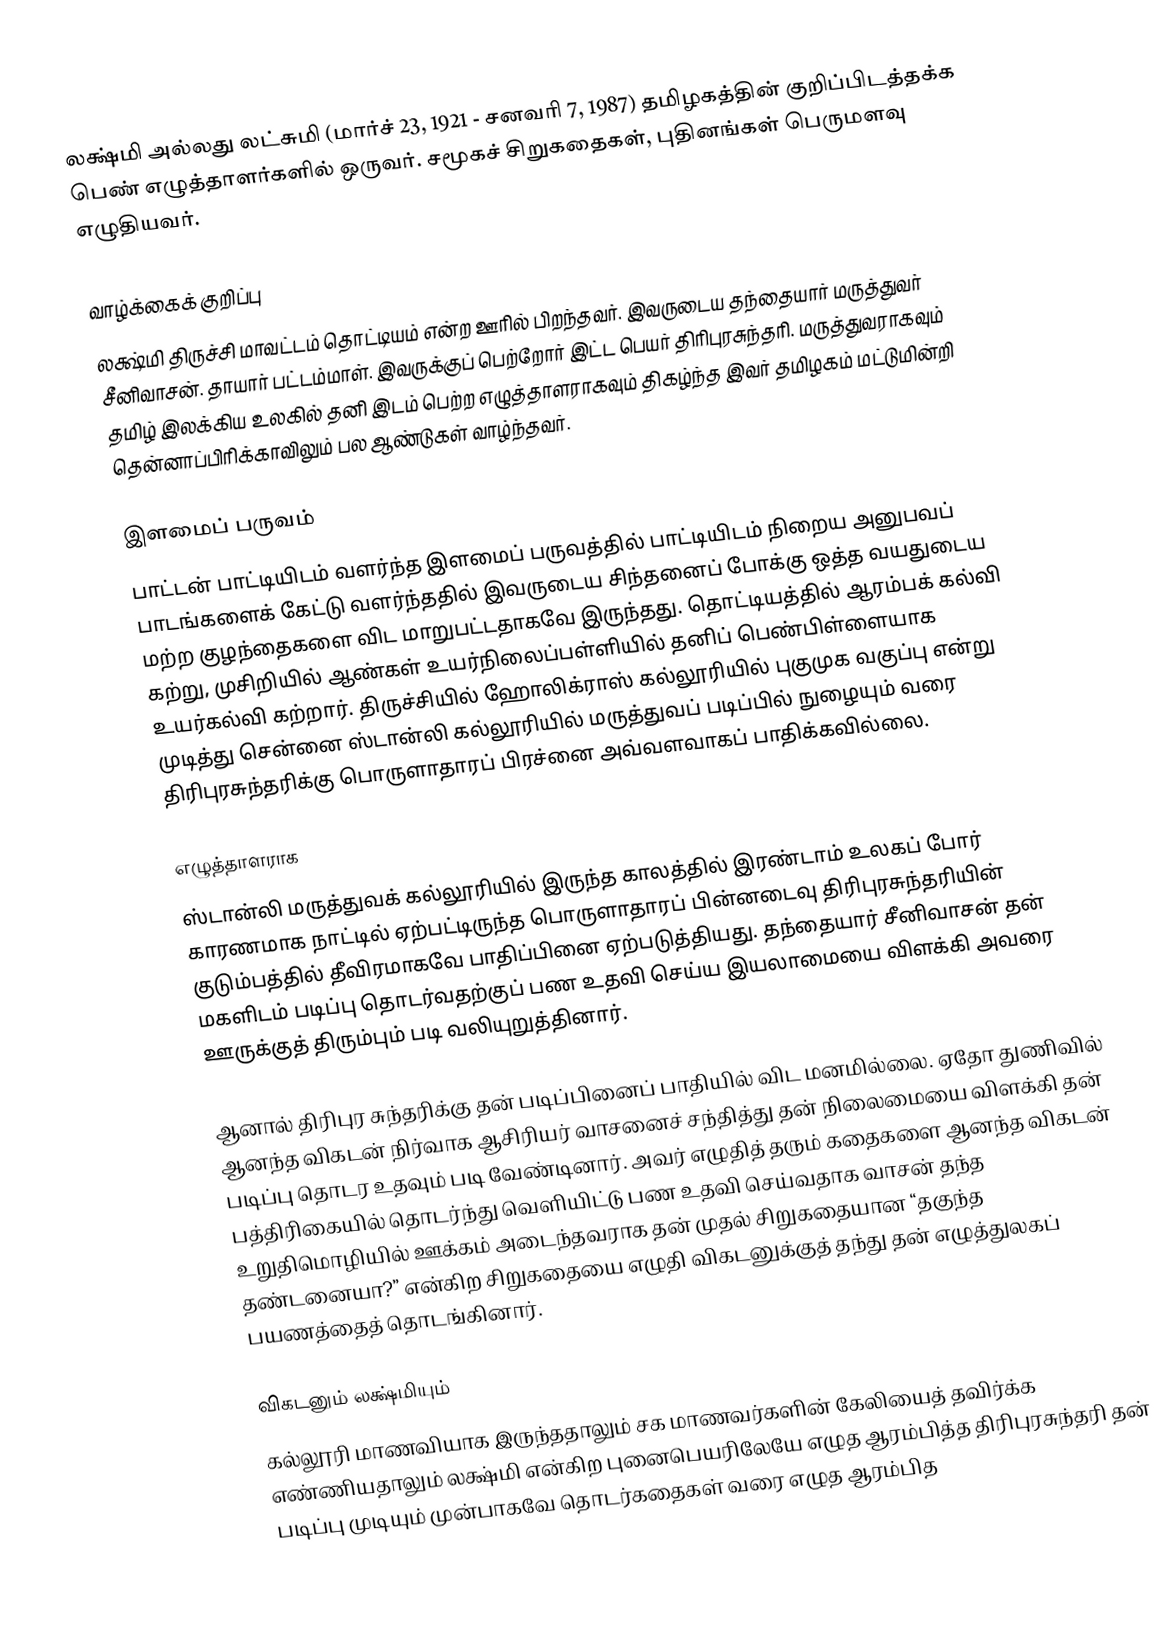
லக்ஷ்மி அல்லது லட்சுமி (மார்ச் 23, 1921 - சனவரி 7, 1987) தமிழகத்தின் குறிப்பிடத்தக்க பெண் எழுத்தாளர்களில் ஒருவர். சமூகச் சிறுகதைகள், புதினங்கள் பெருமளவு எழுதியவர்.

வாழ்க்கைக் குறிப்பு
லக்ஷ்மி திருச்சி மாவட்டம் தொட்டியம் என்ற ஊரில் பிறந்தவர். இவருடைய தந்தையார் மருத்துவர் சீனிவாசன். தாயார் பட்டம்மாள். இவருக்குப் பெற்றோர் இட்ட பெயர் திரிபுரசுந்தரி. மருத்துவராகவும் தமிழ் இலக்கிய உலகில் தனி இடம் பெற்ற எழுத்தாளராகவும் திகழ்ந்த இவர் தமிழகம் மட்டுமின்றி தென்னாப்பிரிக்காவிலும் பல ஆண்டுகள் வாழ்ந்தவர்.

இளமைப் பருவம்
பாட்டன் பாட்டியிடம் வளர்ந்த இளமைப் பருவத்தில் பாட்டியிடம் நிறைய அனுபவப் பாடங்களைக் கேட்டு வளர்ந்ததில் இவருடைய சிந்தனைப் போக்கு ஒத்த வயதுடைய மற்ற குழந்தைகளை விட மாறுபட்டதாகவே இருந்தது. தொட்டியத்தில் ஆரம்பக் கல்வி கற்று, முசிறியில் ஆண்கள் உயர்நிலைப்பள்ளியில் தனிப் பெண்பிள்ளையாக உயர்கல்வி கற்றார். திருச்சியில் ஹோலிக்ராஸ் கல்லூரியில் புகுமுக வகுப்பு என்று முடித்து சென்னை ஸ்டான்லி கல்லூரியில் மருத்துவப் படிப்பில் நுழையும் வரை திரிபுரசுந்தரிக்கு பொருளாதாரப் பிரச்னை அவ்வளவாகப் பாதிக்கவில்லை.

எழுத்தாளராக
ஸ்டான்லி மருத்துவக் கல்லூரியில் இருந்த காலத்தில் இரண்டாம் உலகப் போர் காரணமாக நாட்டில் ஏற்பட்டிருந்த பொருளாதாரப் பின்னடைவு திரிபுரசுந்தரியின் குடும்பத்தில் தீவிரமாகவே பாதிப்பினை ஏற்படுத்தியது. தந்தையார் சீனிவாசன் தன் மகளிடம் படிப்பு தொடர்வதற்குப் பண உதவி செய்ய இயலாமையை விளக்கி அவரை ஊருக்குத் திரும்பும் படி வலியுறுத்தினார்.

ஆனால் திரிபுர சுந்தரிக்கு தன் படிப்பினைப் பாதியில் விட மனமில்லை. ஏதோ துணிவில் ஆனந்த விகடன் நிர்வாக ஆசிரியர் வாசனைச் சந்தித்து தன் நிலைமையை விளக்கி தன் படிப்பு தொடர உதவும் படி வேண்டினார். அவர் எழுதித் தரும் கதைகளை ஆனந்த விகடன் பத்திரிகையில் தொடர்ந்து வெளியிட்டு பண உதவி செய்வதாக வாசன் தந்த உறுதிமொழியில் ஊக்கம் அடைந்தவராக தன் முதல் சிறுகதையான “தகுந்த தண்டனையா?” என்கிற சிறுகதையை எழுதி விகடனுக்குத் தந்து தன் எழுத்துலகப் பயணத்தைத் தொடங்கினார்.

விகடனும் லக்ஷ்மியும்
கல்லூரி மாணவியாக இருந்ததாலும் சக மாணவர்களின் கேலியைத் தவிர்க்க எண்ணியதாலும் லக்ஷ்மி என்கிற புனைபெயரிலேயே எழுத ஆரம்பித்த திரிபுரசுந்தரி தன் படிப்பு முடியும் முன்பாகவே தொடர்கதைகள் வரை எழுத ஆரம்பித